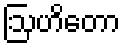
ဩဟိတော